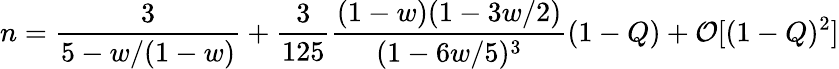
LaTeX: n=\frac{3}{5-w/(1-w)}+\frac{3}{125}\frac{(1-w)(1-3w/2)}{(1-6w/5)^{3}}(1-Q)+\mathcal{O}[(1-Q)^{2}]